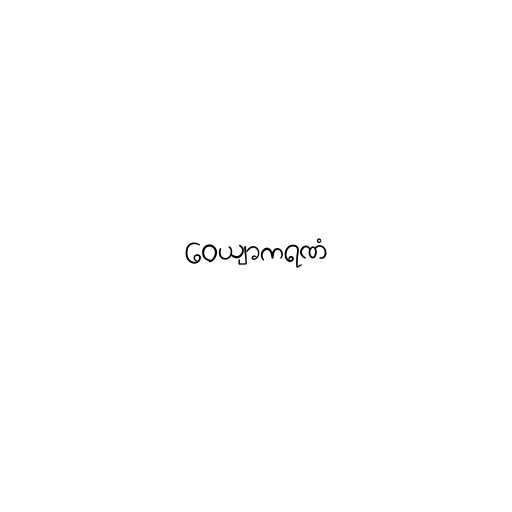
ဝေယျာကရဏံ